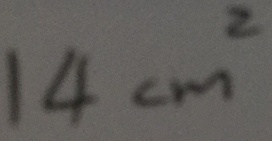
1 4 c m ^ { 2 }